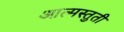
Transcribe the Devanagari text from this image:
आत्मस्तुती